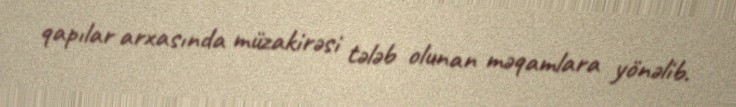
qapılar arxasında müzakirəsi tələb olunan məqamlara yönəlib.